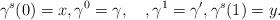
LaTeX: \begin{align*}\gamma^s(0) = x, \gamma^0 = \gamma, \quad, \gamma^1 = \gamma', \gamma^s(1) = y. \end{align*}